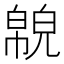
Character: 𢅉